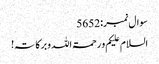
سوال نمبر:5652
السلام علیکم و رحمۃاللہ وبرکاتہ!